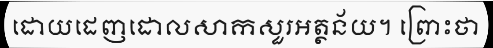
ដោយដេញដោលសាកសួរអត្ថន័យ។ ព្រោះថា